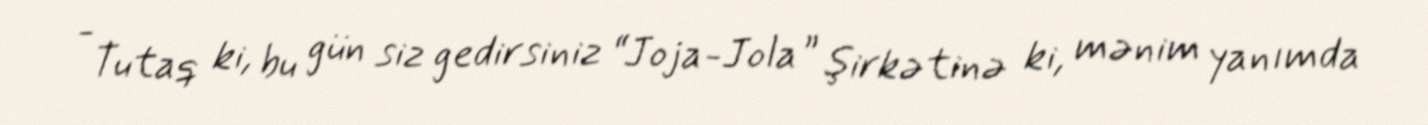
- Tutaq ki, bu gün siz gedirsiniz “Joja-Jola” şirkətinə ki, mənim yanımda